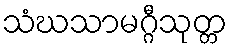
သံဃသာမဂ္ဂီသုတ္တ